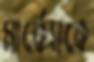
মার্কেসকে